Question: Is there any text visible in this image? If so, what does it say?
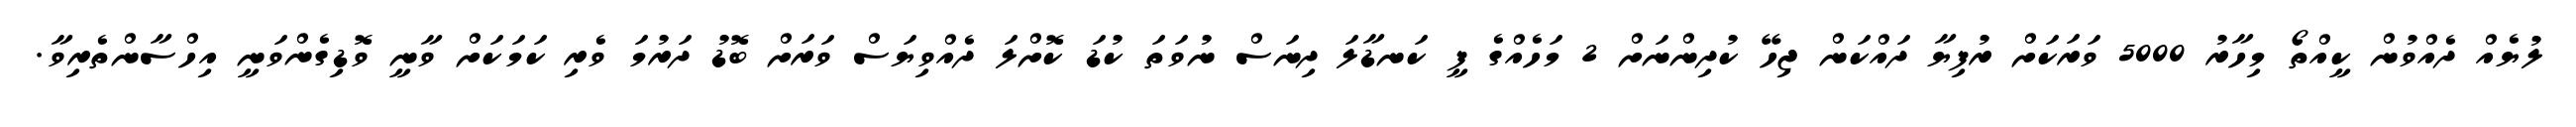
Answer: ލުޔެއް ދެއްވުން ކީއްތޯ މިހާރު 5000 ވަރަކަށް ރުފިޔާ ދައްކަން ޖިހޭ ކުދިންނަށް 2 މަހެއްގެ ފީ ކަނޑާލަ ދިނަސް ނުވަތަ ކުޑަ ކޮށްލަ ދެއްވިޔަސް ވަރަށް ބޮޑު ދަރުމަ ވެރި ކަމަކަށް ވާނީ ވޮޑިގެންވަނީ އިހްސާންތެރިވާ.